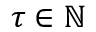
\tau \in { \mathbb N }